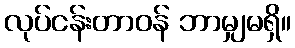
လုပ်ငန်းတာဝန် ဘာမျှမရှိ။